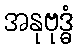
အနုဗုဒ္ဓံ